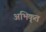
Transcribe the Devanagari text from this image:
अभिकृत